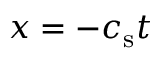
x = - c _ { \mathrm { s } } t